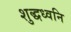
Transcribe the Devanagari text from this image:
शुद्धध्वनि